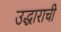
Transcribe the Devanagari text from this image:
उद्धाराची